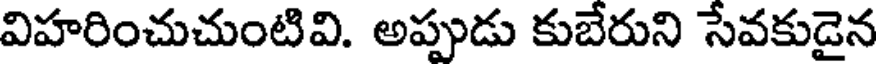
విహరించుచుంటివి. అప్పుడు కుబేరుని సేవకుడైన